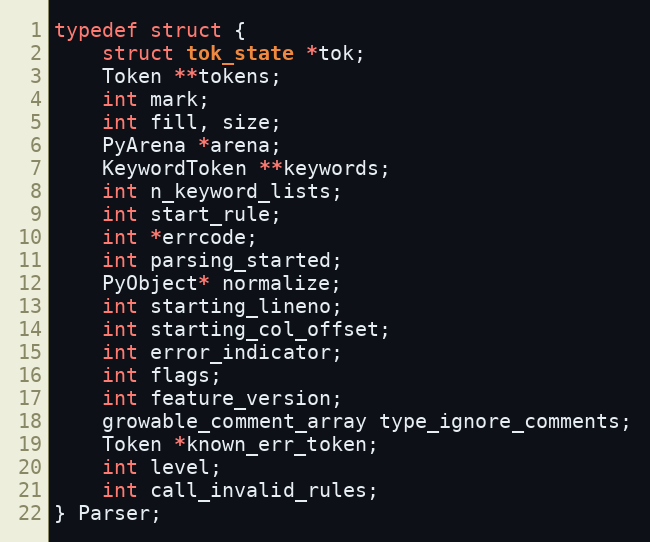
Language: C
typedef struct {
    struct tok_state *tok;
    Token **tokens;
    int mark;
    int fill, size;
    PyArena *arena;
    KeywordToken **keywords;
    int n_keyword_lists;
    int start_rule;
    int *errcode;
    int parsing_started;
    PyObject* normalize;
    int starting_lineno;
    int starting_col_offset;
    int error_indicator;
    int flags;
    int feature_version;
    growable_comment_array type_ignore_comments;
    Token *known_err_token;
    int level;
    int call_invalid_rules;
} Parser;